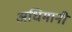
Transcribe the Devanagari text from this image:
अधिमानी